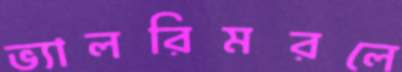
ভ্যালরিমরলে